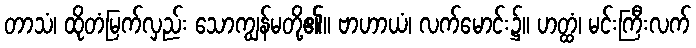
တာသံ၊ ထိုတံမြက်လှည်း သောကျွန်မတို့၏။ ဗာဟာယံ၊ လက်မောင်း၌။ ဟတ္ထံ၊ မင်းကြီးလက်